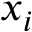
x _ { i }